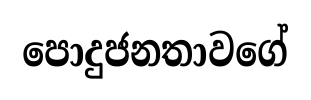
පොදුජනතාවගේ